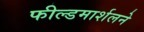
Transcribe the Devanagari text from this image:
फील्डमार्शलने